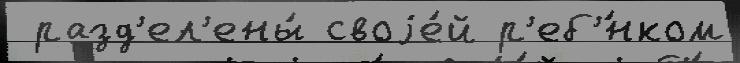
 разд'ел'ены́ своjе́й р'еб'́нком